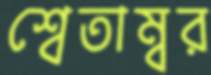
শ্বেতাম্বর